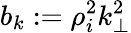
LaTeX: b_{k}:=\rho_{i}^{2}k_{\perp}^{2}